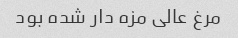
مرغ عالی مزه دار شده بود